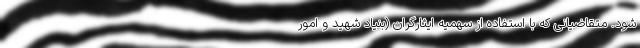
شود. متقاضیانی که با استفاده از سهمیه ایثارگران (بنیاد شهید و امور